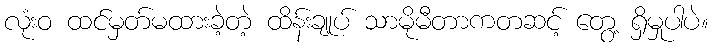
လုံးဝ ထင်မှတ်မထားခဲ့တဲ့ ထိန်းချုပ် သာမိုမီတာကတဆင့် တွေ့ ရှိမှုပါပဲ။